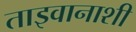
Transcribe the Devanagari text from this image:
ताइवानाशी